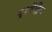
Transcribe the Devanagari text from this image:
द्र्श्येंद्रिय